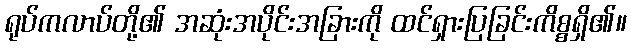
ရုပ်ကလာပ်တို့၏ အဆုံးအပိုင်းအခြားကို ထင်ရှားပြခြင်းကိစ္စရှိ၏။